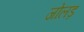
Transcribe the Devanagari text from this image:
जोलड़